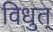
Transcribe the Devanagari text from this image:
विधुत्